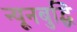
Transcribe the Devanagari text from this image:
न्यूनबुद्धि